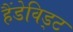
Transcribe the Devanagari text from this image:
हैंडेविड्ट